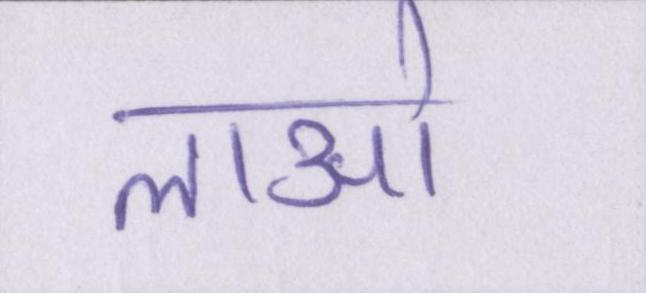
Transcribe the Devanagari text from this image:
लाओ